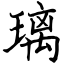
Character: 璃